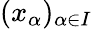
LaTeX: (x_{\alpha})_{\alpha\in I}